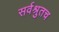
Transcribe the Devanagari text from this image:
सर्वश्रुतच